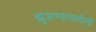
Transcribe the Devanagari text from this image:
झुंजण्यासाठीची